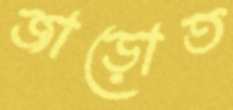
জাড়োত